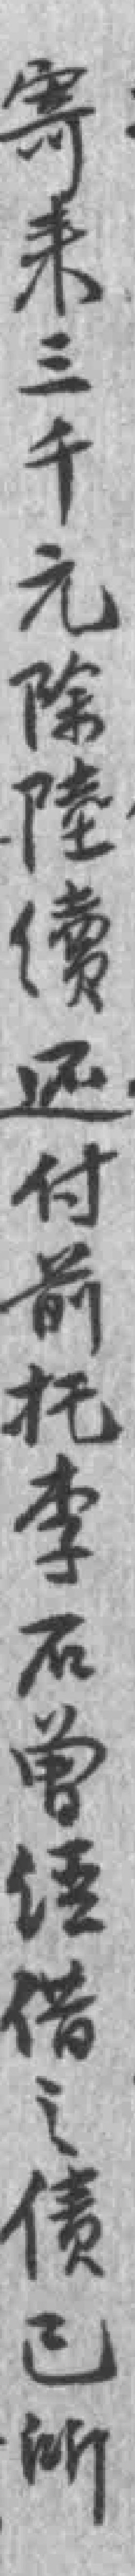
寄来三千元除陸續还付前托李石曾经借之债已所